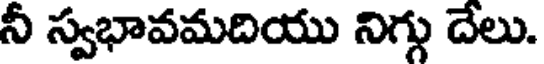
నీ స్వభావమదియు నిగ్గు దేలు.